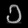
Digit: ၁